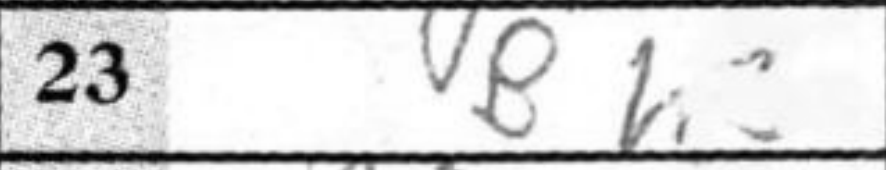
Transcription: Bh3